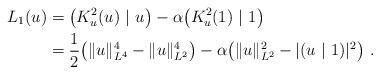
LaTeX: \begin{align*}L_1(u)&=\big(K_u^2(u)\ |\ u\big)-\alpha\big(K_u^2(1)\ |\ 1\big)\\&=\frac12\big(\|u\|_{L^4}^4-\|u\|_{L^2}^4\big)-\alpha\big(\|u\|_{L^2}^2-|(u\ |\ 1)|^2\big)\ .\end{align*}